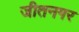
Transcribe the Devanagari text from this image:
जीतनगर